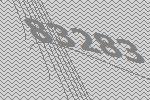
83283